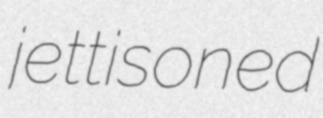
jettisoned